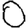
Digit: 0